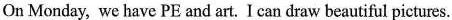
On Monday, we have PE and art. I can draw beautiful pictures.